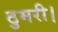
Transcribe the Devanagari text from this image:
ठुमरी।